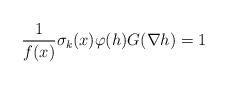
\begin{align*} \frac{1}{f(x)}\sigma_{k}(x)\varphi(h)G(\nabla h)=1\end{align*}